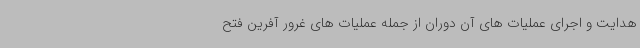
هدایت و اجرای عملیات های آن دوران از جمله عملیات های غرور آفرین فتح